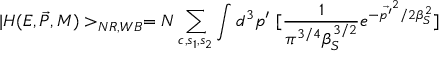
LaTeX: | H ( E , \vec { P } , M ) > _ { N R , W B } = N \sum _ { c , s _ { 1 } , s _ { 2 } } \int d ^ { 3 } p ^ { \prime } \ [ \frac { 1 } { \pi ^ { 3 / 4 } \beta _ { S } ^ { 3 / 2 } } e ^ { - \vec { p ^ { \prime } } ^ { 2 } / 2 \beta _ { S } ^ { 2 } } ]